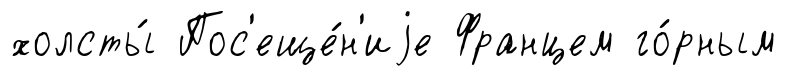
холсты́ Пос'еще́н'иjе Францем го́рным